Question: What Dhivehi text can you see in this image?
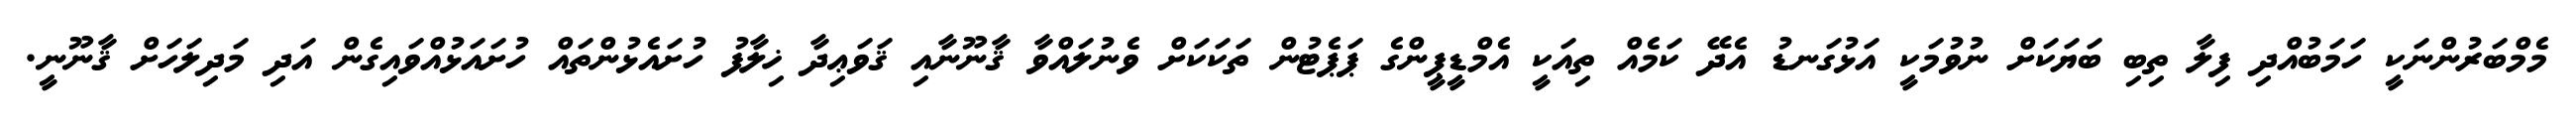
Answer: މެމްބަރުންނަކީ ހަމަބުއްދި ފިލާ ތިބި ބަޔަކަށް ނުވުމަކީ އަޅުގަނޑު އެދޭ ކަމެއް ތިއަކީ އެމްޑީޕީންގެ ޕަޕެޓުން ތަކަކަށް ވެނުލައްވާ ޤާނޫނާއި ޤަވަޢިދާ ޚިލާފު ހުށައެޅުންތައް ހުށައަޅުއްވައިގެން އަދި މަދިލަހަށް ޤާނޫނީ.